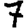
Digit: 7